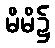
မိမိ၌